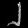
Digit: ၂